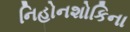
નિહોનશોકિના